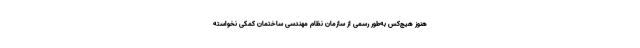
هنوز هیچ‌کس به‌طور رسمی از سازمان نظام مهندسی ساختمان کمکی نخواسته